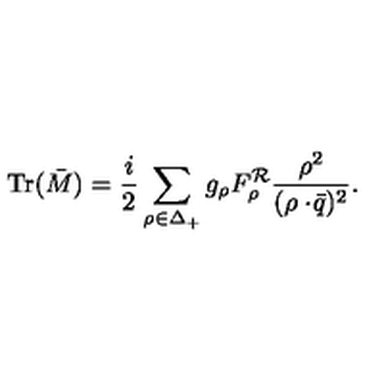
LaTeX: \mathrm { T r } ( \bar { M } ) = { \frac { i } { 2 } } \sum _ { \rho \in \Delta _ { + } } g _ { \rho } F _ { \rho } ^ { \cal R } { \frac { \rho ^ { 2 } } { ( \rho \cdot \! \bar { q } ) ^ { 2 } } } .